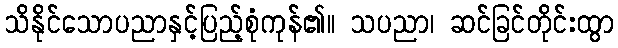
သိနိုင်သောပညာနှင့်ပြည့်စုံကုန်၏။ သပညာ၊ ဆင်ခြင်တိုင်းထွာ